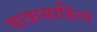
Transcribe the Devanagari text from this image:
यात्रासाहित्य